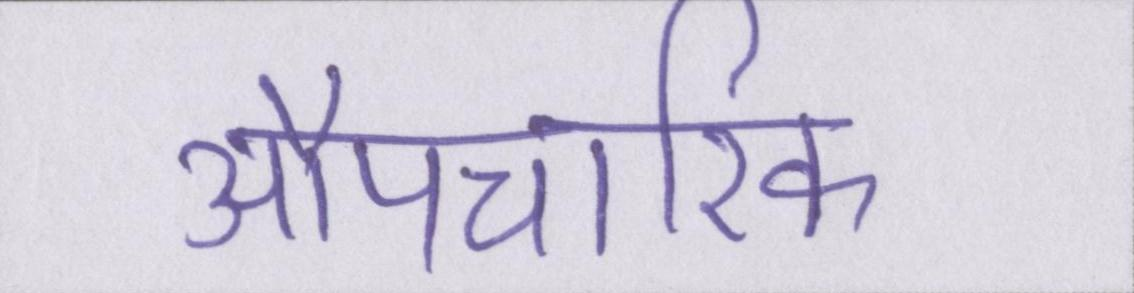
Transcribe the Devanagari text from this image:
औपचारिक